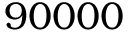
9 0 0 0 0